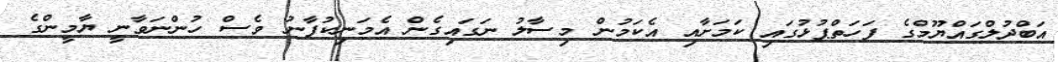
އަބްދުލްގައްޔޫމްގެ ފަހަތްޕުޅުގައި ކަމަށާއި އެކަމުން މިސާލު ނަގައިގެން އެމަނިކުފާނު ވެސް ހުންނަވާނީ ޔާމީންގެ